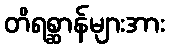
တိရစ္ဆာန်များအား